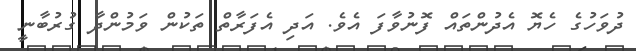
ދުވަހުގެ ހެޔޮ އެދުންތައް ފޮނުވާފަ އެވެ. އަދި އެފަރާތް ތަކުން ވަމުންދާ ގުރުބާނީ